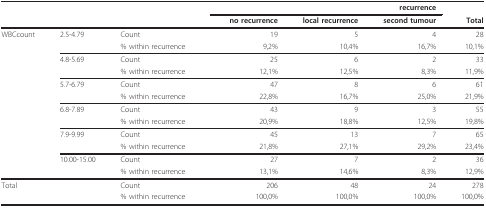
<table><thead><tr><td></td><td></td><td></td><td colspan="3"><b>recurrence</b></td><td></td></tr><tr><td></td><td></td><td></td><td><b>no recurrence</b></td><td><b>local recurrence</b></td><td><b>second tumour</b></td><td><b>Total</b></td></tr></thead><tbody><tr><td>WBCcount</td><td>2.5-4.79</td><td>Count</td><td>19</td><td>5</td><td>4</td><td>28</td></tr><tr><td></td><td></td><td>% within recurrence</td><td>9,2%</td><td>10,4%</td><td>16,7%</td><td>10,1%</td></tr><tr><td></td><td>4.8-5.69</td><td>Count</td><td>25</td><td>6</td><td>2</td><td>33</td></tr><tr><td></td><td></td><td>% within recurrence</td><td>12,1%</td><td>12,5%</td><td>8,3%</td><td>11,9%</td></tr><tr><td></td><td>5.7-6.79</td><td>Count</td><td>47</td><td>8</td><td>6</td><td>61</td></tr><tr><td></td><td></td><td>% within recurrence</td><td>22,8%</td><td>16,7%</td><td>25,0%</td><td>21,9%</td></tr><tr><td></td><td>6.8-7.89</td><td>Count</td><td>43</td><td>9</td><td>3</td><td>55</td></tr><tr><td></td><td></td><td>% within recurrence</td><td>20,9%</td><td>18,8%</td><td>12,5%</td><td>19,8%</td></tr><tr><td></td><td>7.9-9.99</td><td>Count</td><td>45</td><td>13</td><td>7</td><td>65</td></tr><tr><td></td><td></td><td>% within recurrence</td><td>21,8%</td><td>27,1%</td><td>29,2%</td><td>23,4%</td></tr><tr><td></td><td>10.00-15.00</td><td>Count</td><td>27</td><td>7</td><td>2</td><td>36</td></tr><tr><td></td><td></td><td>% within recurrence</td><td>13,1%</td><td>14,6%</td><td>8,3%</td><td>12,9%</td></tr><tr><td colspan="2">Total</td><td>Count</td><td>206</td><td>48</td><td>24</td><td>278</td></tr><tr><td></td><td></td><td>% within recurrence</td><td>100,0%</td><td>100,0%</td><td>100,0%</td><td>100,0%</td></tr></tbody></table>